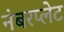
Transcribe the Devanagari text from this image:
नंबरप्लेट